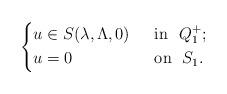
LaTeX: \begin{align*}\left\{\begin{aligned}&u\in S(\lambda,\Lambda,0)&& ~~\mbox{in}~~Q_1^+;\\&u=0&& ~~\mbox{on}~~S_1.\end{aligned}\right.\end{align*}